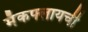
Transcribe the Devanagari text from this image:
मॅकफ्लायची